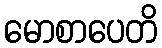
မောစာပေတိ